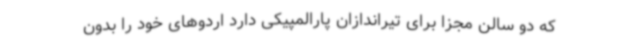
که دو سالن مجزا برای تیراندازان پارالمپیکی دارد اردوهای خود را بدون